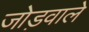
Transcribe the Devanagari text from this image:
जोड़वाले